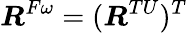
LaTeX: \boldsymbol{R}^{F\omega}=(\boldsymbol{R}^{TU})^{T}